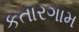
કતારગામ